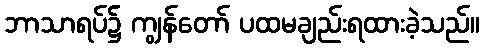
ဘာသာရပ်၌ ကျွန်တော် ပထမချည်းရထားခဲ့သည်။